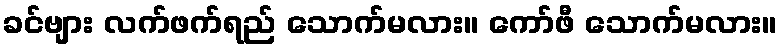
ခင်ဗျား လက်ဖက်ရည် သောက်မလား။ ကော်ဖီ သောက်မလား။